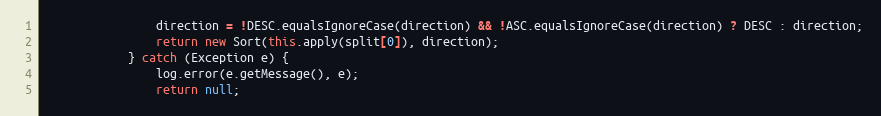
Language: Java
                direction = !DESC.equalsIgnoreCase(direction) && !ASC.equalsIgnoreCase(direction) ? DESC : direction;
                return new Sort(this.apply(split[0]), direction);
            } catch (Exception e) {
                log.error(e.getMessage(), e);
                return null;